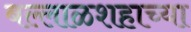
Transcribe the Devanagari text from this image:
बल्लाळशहाच्या